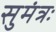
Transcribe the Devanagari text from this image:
सुमंत्रः